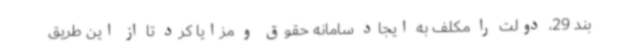
بند 29، دولت را مکلف به ایجاد سامانه حقوق و مزایا کرد تا از این طریق